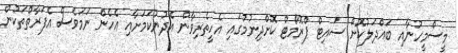
މީސްމީހުނާއި ބައްދަލުކޮށް ސައިޓް ޕްރޮމޯޓް ކޮށްދިނުމުގައި އެހީތެރިވާން އެދުނުކަމަށާއި އެހެން ނަމަވެސް އެފަރާތްތަކުން